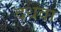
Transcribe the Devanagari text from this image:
दधवा